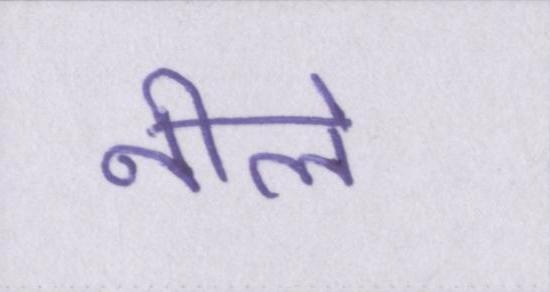
नीले